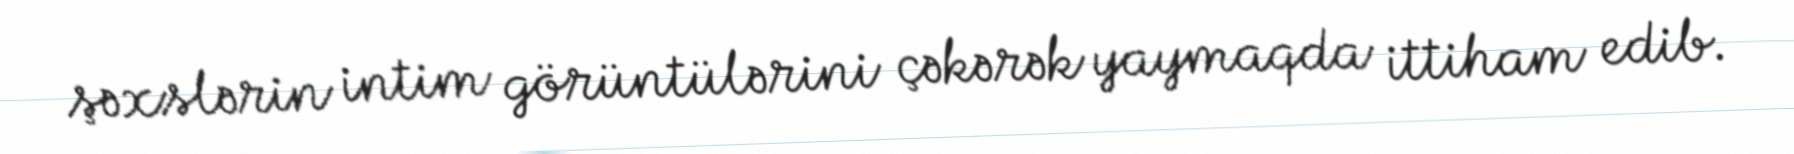
şəxslərin intim görüntülərini çəkərək yaymaqda ittiham edib.